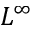
L ^ { \infty }